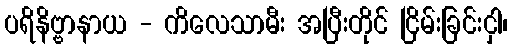
ပရိနိဗ္ဗာနာယ - ကိလေသာမီး အပြီးတိုင် ငြိမ်းခြင်းငှါ၊